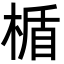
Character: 楯